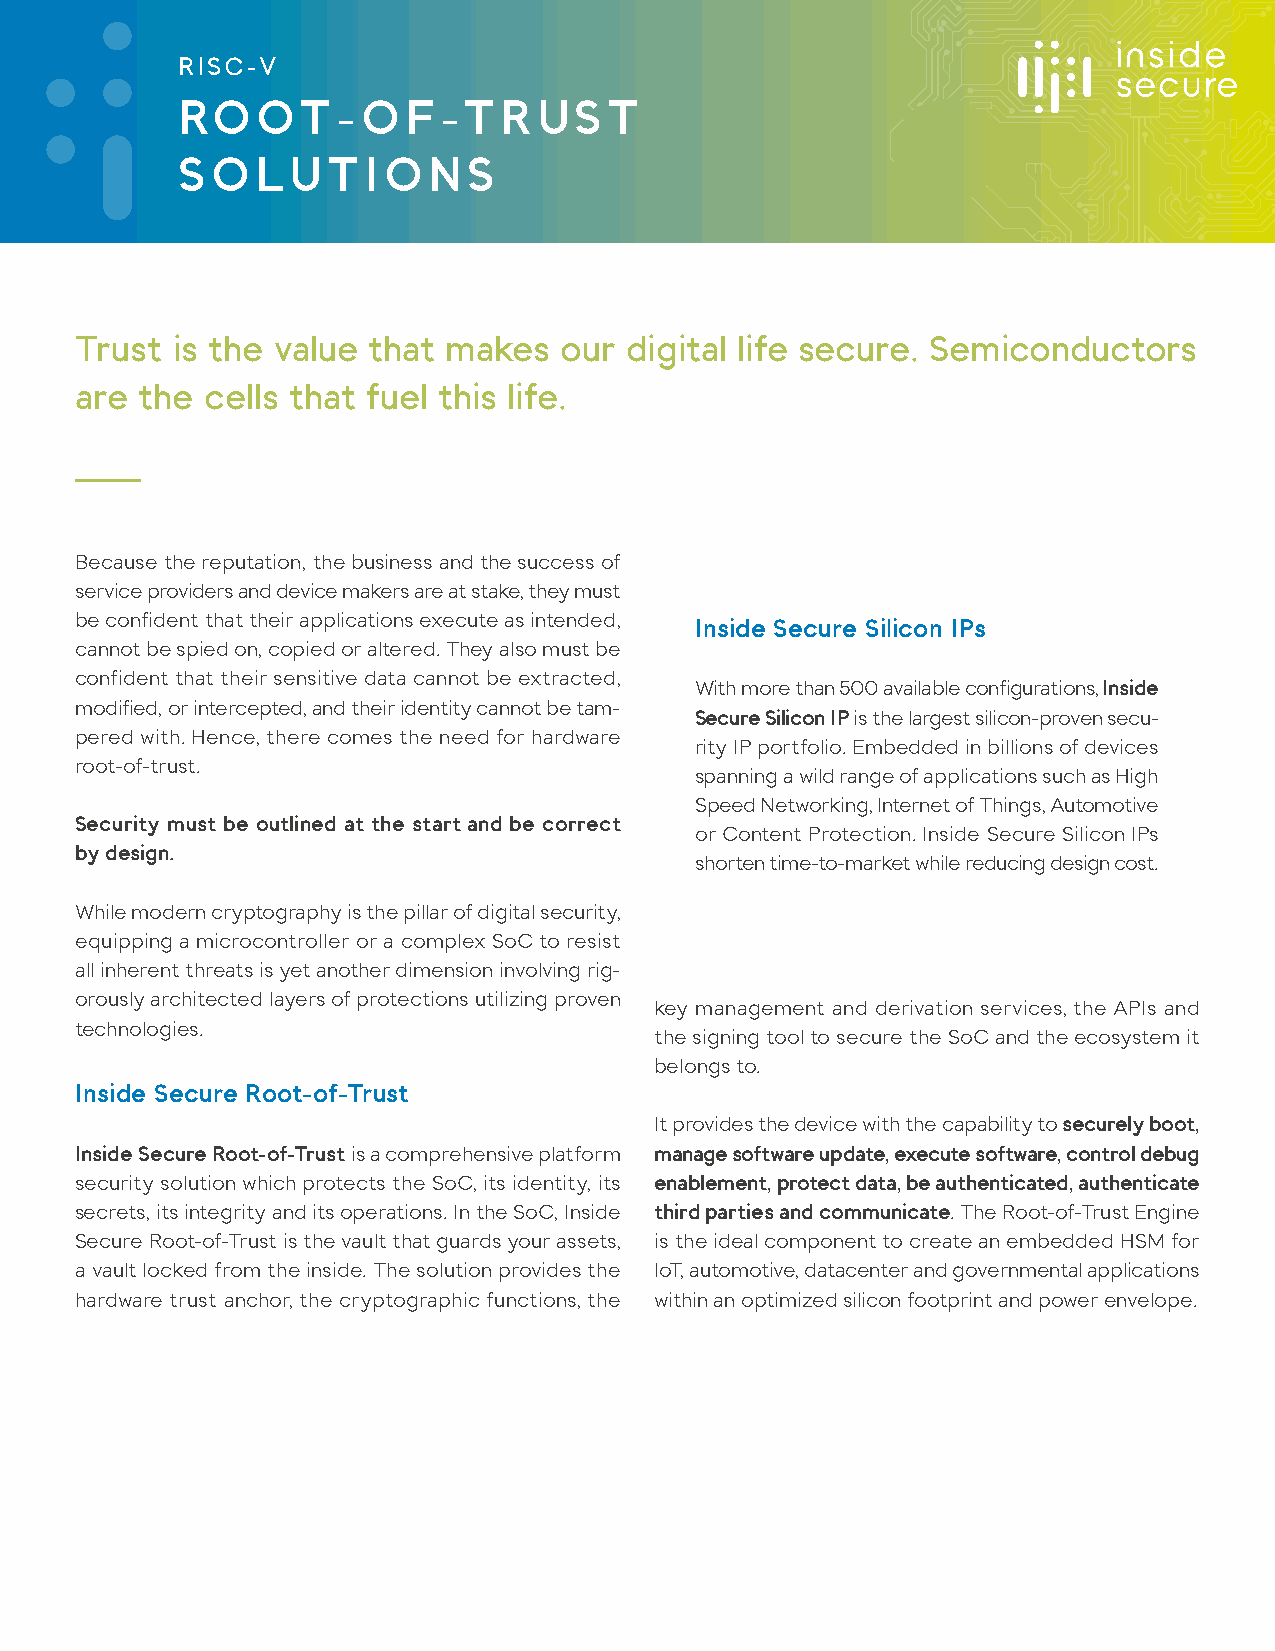
RISC-V
 ROOT-OF-TRUST
 SOLUTIONS
 Trust is the value that makes   our digital life secure. Semiconductors
 are the  cells that fuel this life.
 Because the reputation, the business and the success of
 service providers and device makers are at stake, they must
 be confident that their applications execute as intended,
 Inside Secure Silicon IPs
 cannot be spied on, copied or altered. They also must be
 confident that their sensitive data cannot be extracted,
 With more than 500 available configurations, Inside
 modified, or intercepted, and their identity cannot be tam-
 Secure Silicon IP is the largest silicon-proven secu-
 pered with. Hence, there comes the need for hardware
 rity IP portfolio. Embedded in billions of devices
 root-of-trust.
 spanning a wild range of applications such as High
 Speed Networking, Internet of Things, Automotive
 Security must be outlined at the start and be correct
 or Content Protection. Inside Secure Silicon IPs
 by design.
 shorten time-to-market while reducing design cost.
 While modern cryptography is the pillar of digital security,
 equipping a microcontroller or a complex SoC to resist
 all inherent threats is yet another dimension involving rig-
 orously architected layers of protections utilizing proven
 key management and derivation services, the APIs and
 technologies.
 the signing tool to secure the SoC and the ecosystem it
 belongs to.
 Inside Secure Root-of-Trust
 It provides the device with the capability to securely boot,
 Inside Secure Root-of-Trust is a comprehensive platform manage software update, execute software, control debug
 security solution which protects the SoC, its identity, its enablement, protect data, be authenticated, authenticate
 secrets, its integrity and its operations. In the SoC, Inside third parties and communicate. The Root-of-Trust Engine
 Secure Root-of-Trust is the vault that guards your assets, is the ideal component to create an embedded HSM for
 a vault locked from the inside. The solution provides the IoT, automotive, datacenter and governmental applications
 hardware trust anchor, the cryptographic functions, the within an optimized silicon footprint and power envelope.